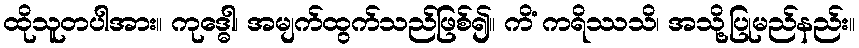
ထိုသူတပါအား။ ကုဒ္ဓေါ၊ အမျက်ထွက်သည်ဖြစ်၍။ ကိံ ကရိဿသိ၊ အသို့ပြုမည်နည်း။